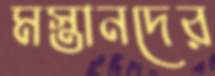
মস্তানদের